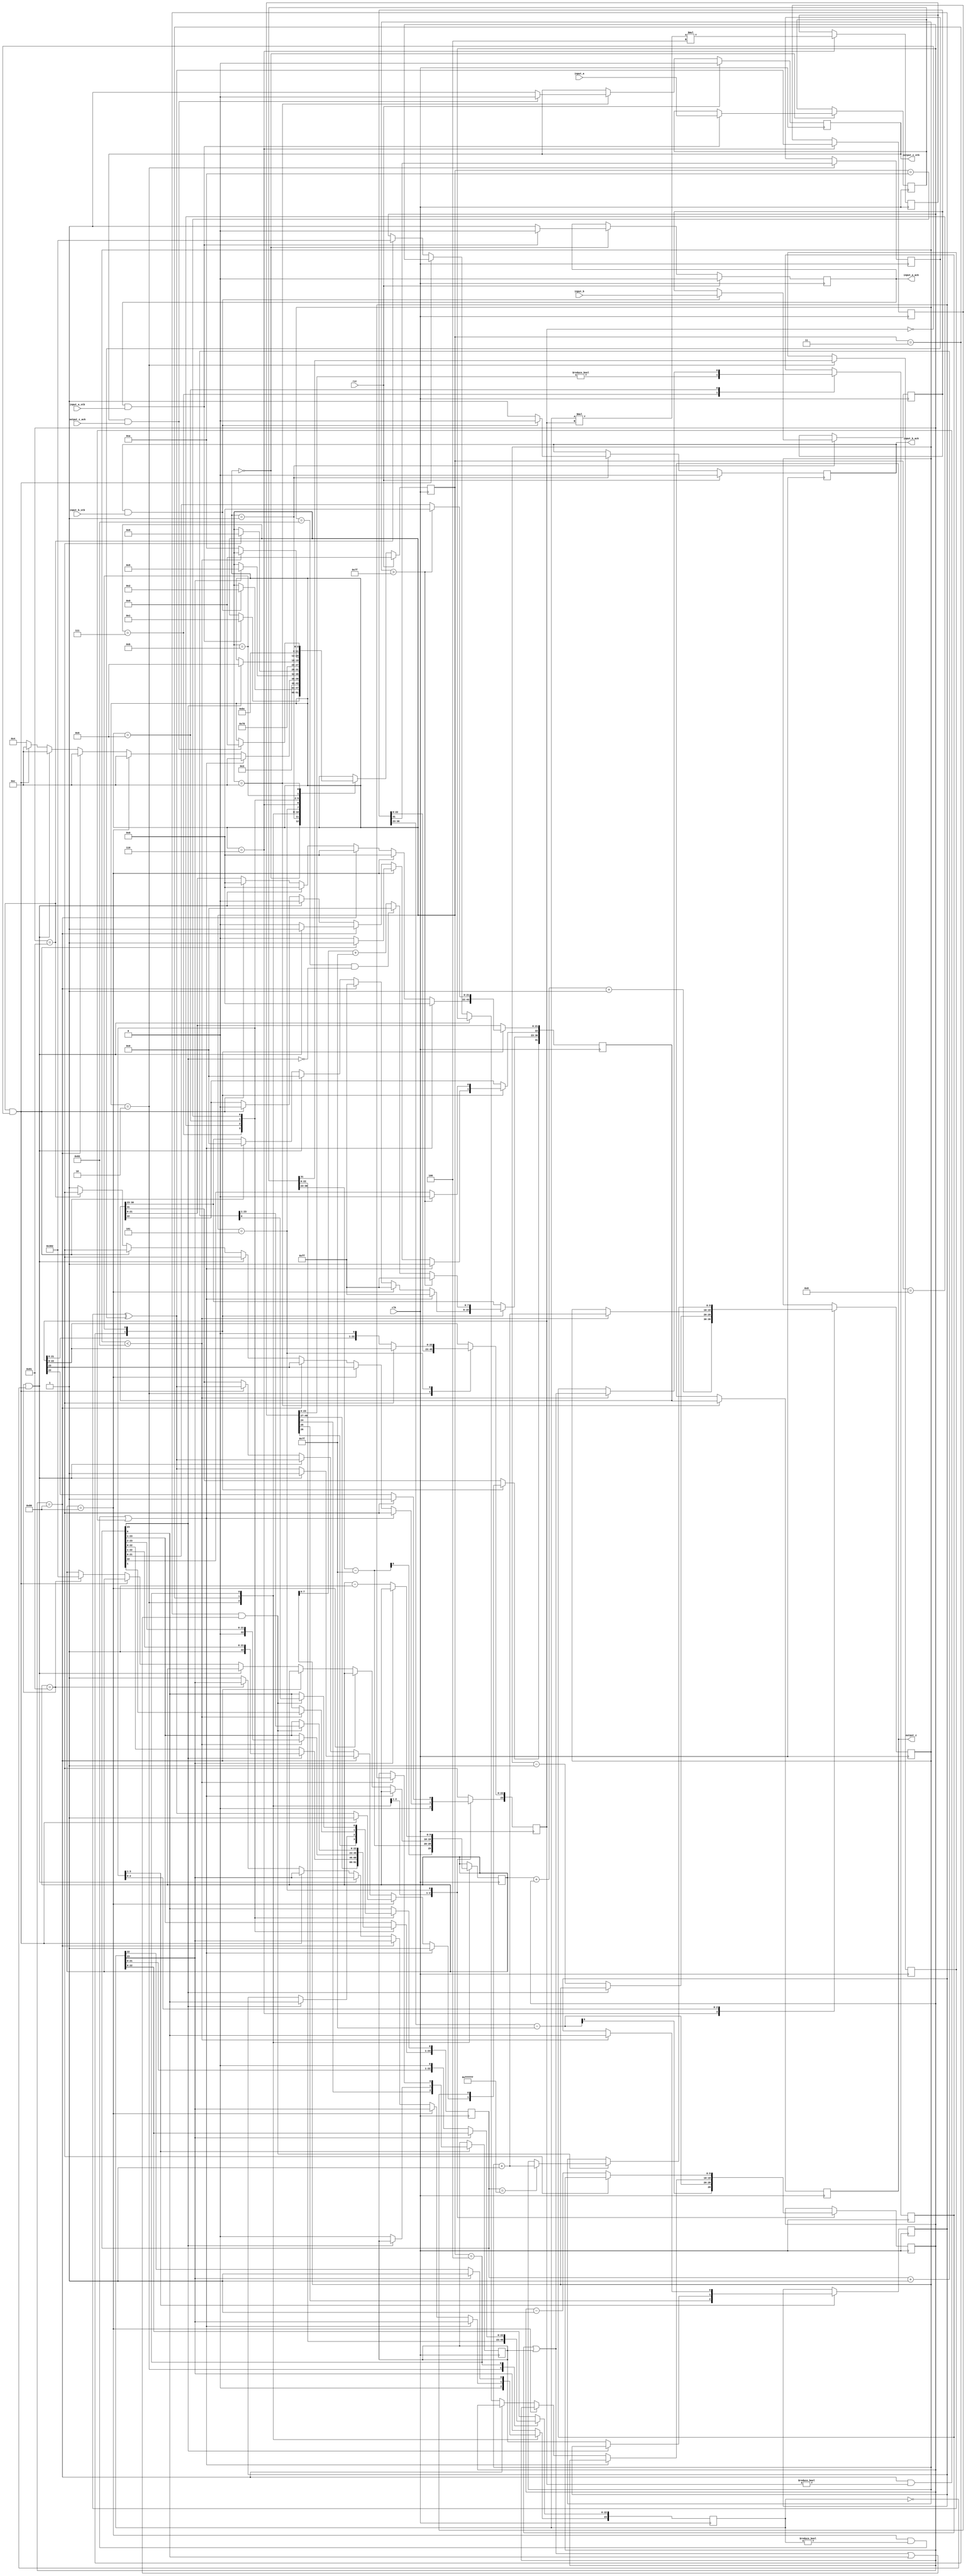

module multiplier(
        input_a,
        input_b,
        input_a_stb,
        input_b_stb,
        output_z_ack,
        clk,
        rst,
        output_z,
        output_z_stb,
        input_a_ack,
        input_b_ack);

  input     clk;
  input     rst;

  input     [31:0] input_a;
  input     input_a_stb;
  output    input_a_ack;

  input     [31:0] input_b;
  input     input_b_stb;
  output    input_b_ack;

  output    [31:0] output_z;
  output    output_z_stb;
  input     output_z_ack;

  reg       s_output_z_stb;
  reg       [31:0] s_output_z;
  reg       s_input_a_ack;
  reg       s_input_b_ack;

  reg       [3:0] state;
  parameter get_a         = 4'd0,
            get_b         = 4'd1,
            unpack        = 4'd2,
            special_cases = 4'd3,
            normalise_a   = 4'd4,
            normalise_b   = 4'd5,
            multiply_0    = 4'd6,
            multiply_1    = 4'd7,
            normalise_1   = 4'd8,
            normalise_2   = 4'd9,
            round         = 4'd10,
            pack          = 4'd11,
            put_z         = 4'd12;

  reg       [31:0] a, b, z;
  reg       [23:0] a_m, b_m, z_m;
  reg       [9:0] a_e, b_e, z_e;
  reg       a_s, b_s, z_s;
  reg       guard, round_bit, sticky;
  reg       [49:0] product;

  always @(posedge clk)
  begin

    case(state)

      get_a:
      begin
        s_input_a_ack <= 1;
        if (s_input_a_ack && input_a_stb) begin
          a <= input_a;
          s_input_a_ack <= 0;
          state <= get_b;
        end
      end

      get_b:
      begin
        s_input_b_ack <= 1;
        if (s_input_b_ack && input_b_stb) begin
          b <= input_b;
          s_input_b_ack <= 0;
          state <= unpack;
        end
      end

      unpack:
      begin
        a_m <= a[22 : 0];
        b_m <= b[22 : 0];
        a_e <= a[30 : 23] - 127;
        b_e <= b[30 : 23] - 127;
        a_s <= a[31];
        b_s <= b[31];
        state <= special_cases;
      end

      special_cases:
      begin
        //if a is NaN or b is NaN return NaN 
        if ((a_e == 128 && a_m != 0) || (b_e == 128 && b_m != 0)) begin
          z[31] <= 1;
          z[30:23] <= 255;
          z[22] <= 1;
          z[21:0] <= 0;
          state <= put_z;
        //if a is inf return inf
        end else if (a_e == 128) begin
          z[31] <= a_s ^ b_s;
          z[30:23] <= 255;
          z[22:0] <= 0;
          //if b is zero return NaN
          if (($signed(b_e) == -127) && (b_m == 0)) begin
            z[31] <= 1;
            z[30:23] <= 255;
            z[22] <= 1;
            z[21:0] <= 0;
          end
          state <= put_z;
        //if b is inf return inf
        end else if (b_e == 128) begin
          z[31] <= a_s ^ b_s;
          z[30:23] <= 255;
          z[22:0] <= 0;
          //if a is zero return NaN
          if (($signed(a_e) == -127) && (a_m == 0)) begin
            z[31] <= 1;
            z[30:23] <= 255;
            z[22] <= 1;
            z[21:0] <= 0;
          end
          state <= put_z;
        //if a is zero return zero
        end else if (($signed(a_e) == -127) && (a_m == 0)) begin
          z[31] <= a_s ^ b_s;
          z[30:23] <= 0;
          z[22:0] <= 0;
          state <= put_z;
        //if b is zero return zero
        end else if (($signed(b_e) == -127) && (b_m == 0)) begin
          z[31] <= a_s ^ b_s;
          z[30:23] <= 0;
          z[22:0] <= 0;
          state <= put_z;
        end else begin
          //Denormalised Number
          if ($signed(a_e) == -127) begin
            a_e <= -126;
          end else begin
            a_m[23] <= 1;
          end
          //Denormalised Number
          if ($signed(b_e) == -127) begin
            b_e <= -126;
          end else begin
            b_m[23] <= 1;
          end
          state <= normalise_a;
        end
      end

      normalise_a:
      begin
        if (a_m[23]) begin
          state <= normalise_b;
        end else begin
          a_m <= a_m << 1;
          a_e <= a_e - 1;
        end
      end

      normalise_b:
      begin
        if (b_m[23]) begin
          state <= multiply_0;
        end else begin
          b_m <= b_m << 1;
          b_e <= b_e - 1;
        end
      end

      multiply_0:
      begin
        z_s <= a_s ^ b_s;
        z_e <= a_e + b_e + 1;
        product <= a_m * b_m * 4;
        state <= multiply_1;
      end

      multiply_1:
      begin
        z_m <= product[49:26];
        guard <= product[25];
        round_bit <= product[24];
        sticky <= (product[23:0] != 0);
        state <= normalise_1;
      end

      normalise_1:
      begin
        if (z_m[23] == 0) begin
          z_e <= z_e - 1;
          z_m <= z_m << 1;
          z_m[0] <= guard;
          guard <= round_bit;
          round_bit <= 0;
        end else begin
          state <= normalise_2;
        end
      end

      normalise_2:
      begin
        if ($signed(z_e) < -126) begin
          z_e <= z_e + 1;
          z_m <= z_m >> 1;
          guard <= z_m[0];
          round_bit <= guard;
          sticky <= sticky | round_bit;
        end else begin
          state <= round;
        end
      end

      round:
      begin
        if (guard && (round_bit | sticky | z_m[0])) begin
          z_m <= z_m + 1;
          if (z_m == 24'hffffff) begin
            z_e <=z_e + 1;
          end
        end
        state <= pack;
      end

      pack:
      begin
        z[22 : 0] <= z_m[22:0];
        z[30 : 23] <= z_e[7:0] + 127;
        z[31] <= z_s;
        if ($signed(z_e) == -126 && z_m[23] == 0) begin
          z[30 : 23] <= 0;
        end
        //if overflow occurs, return inf
        if ($signed(z_e) > 127) begin
          z[22 : 0] <= 0;
          z[30 : 23] <= 255;
          z[31] <= z_s;
        end
        state <= put_z;
      end

      put_z:
      begin
        s_output_z_stb <= 1;
        s_output_z <= z;
        if (s_output_z_stb && output_z_ack) begin
          s_output_z_stb <= 0;
          state <= get_a;
        end
      end

    endcase

    if (rst == 1) begin
      state <= get_a;
      s_input_a_ack <= 0;
      s_input_b_ack <= 0;
      s_output_z_stb <= 0;
    end

  end
  assign input_a_ack = s_input_a_ack;
  assign input_b_ack = s_input_b_ack;
  assign output_z_stb = s_output_z_stb;
  assign output_z = s_output_z;

endmodule